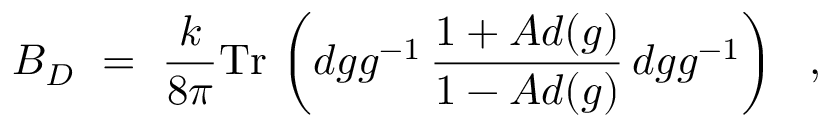
B _ { D } \ = \ \frac { k } { 8 \pi } \mathrm { T r } \, \left( d g g ^ { - 1 } \, \frac { 1 + A d ( g ) } { 1 - A d ( g ) } \, d g g ^ { - 1 } \right) \ \ ,